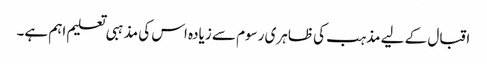
اقبال کے لیے مذہب کی ظاہری رسوم سے زیادہ اس کی مذہبی تعلیم اہم ہے۔